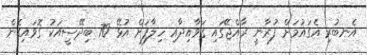
އެނބުރި އެގައުމަށް ފުރާނީ ރާއްޖޭގައި ގަވާއިދާއި ހިލާފަށް އުޅޭ 70 ބިދޭސީއަކު ގޮވައިގެން